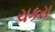
ચકરા